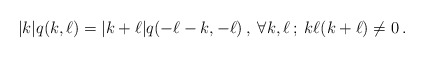
\begin{align*}|k| q(k,\ell) = |k+\ell| q(-\ell-k,-\ell)\,,\;\forall k,\ell\,;\;k\ell(k+\ell)\neq 0\,.\end{align*}